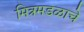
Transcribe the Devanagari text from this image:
मित्रमडळाचे